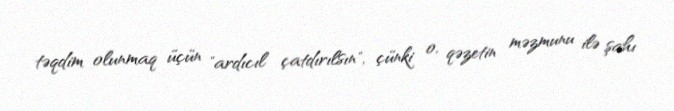
təqdim olunmaq üçün "ardıcıl çatdırılsın", çünki o, qəzetin məzmunu ilə şahı